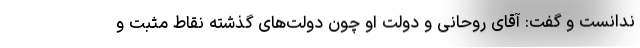
ندانست و گفت: آقای روحانی و دولت او چون دولت‌های گذشته نقاط مثبت و